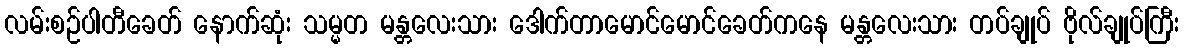
လမ်းစဉ်ပါတီခေတ် နောက်ဆုံး သမ္မတ မန္တလေးသား ဒေါက်တာမောင်မောင်ခေတ်ကနေ မန္တလေးသား တပ်ချုပ် ဗိုလ်ချုပ်ကြီး